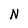
Character: N